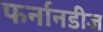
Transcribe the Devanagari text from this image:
फर्नानडीज